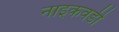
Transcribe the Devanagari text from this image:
नाइकवडी